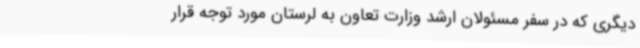
دیگری که در سفر مسئولان ارشد وزارت تعاون به لرستان مورد توجه قرار